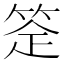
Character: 𬕈